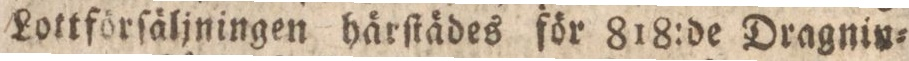
Lottförſäljningen härſtädes för 818:de Dragnin=